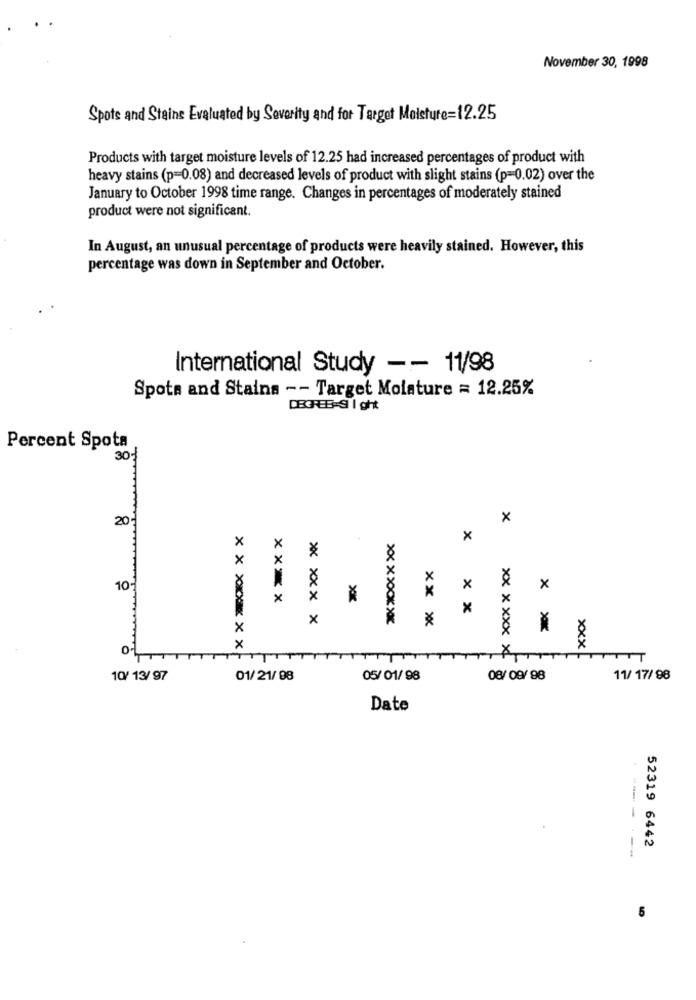
November 30, 1998
Spots and Stains Evaluated by Severity and for Target Moisture=12.25
Products with target moisture levels of 12.25 had increased percentages of product with
heavy stains (p=0.08) and decreased levels of product with slight stains (p=0.02) over the
January to October 1998 time range. Changes in percentages of moderately stained
product were not significant.
In August, an unusual percentage of products were heavily stained. However, this
percentage was down in September and October.
International Study - - 11/98
Spota and Stains -- Target Molature = 12.25%
DEGREE-9 | ght
Percent Spota
301
20
×
x
x
×
*
×
x
10-
X
x
x
x
x
x
xx xxxx
xxxxxxxx
x
×
xxx
xx xxxx XL
10/ 13/97
01/ 21/ 98
05/ 01/ 98
11/ 17/98
Date
-----
52319 6442
6